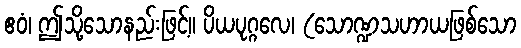
ဧဝံ၊ ဤသို့သောနည်းဖြင့်။ ပိယပုဂ္ဂလေ၊ (သောဏ္ဍသဟာယဖြစ်သော